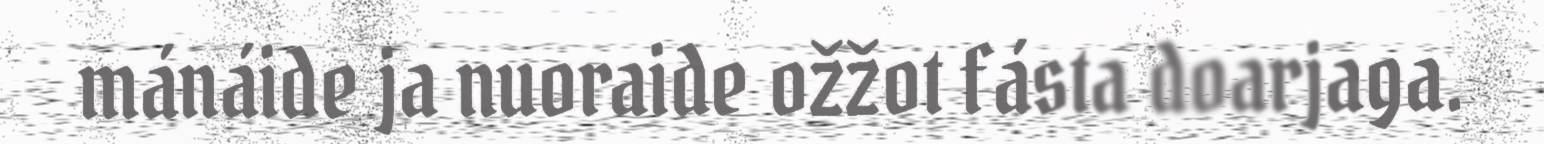
mánáide ja nuoraide ožžot fásta doarjaga.